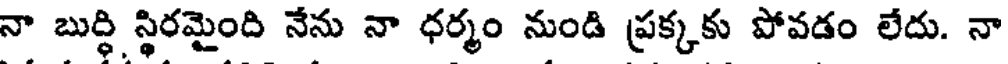
నా బుద్ధి స్థిరమైంది నేను నా ధర్మం నుండి ప్రక్కకు పోవడం లేదు. నా